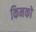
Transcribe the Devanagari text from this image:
किनको